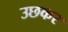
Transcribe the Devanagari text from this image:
उछकर